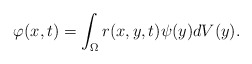
\begin{align*}\varphi (x,t)=\int_\Omega r(x,y,t)\psi (y)dV(y).\end{align*}